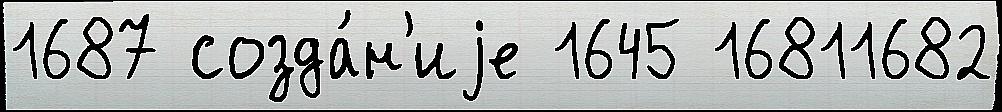
1687 созда́н'иjе 1645 16811682